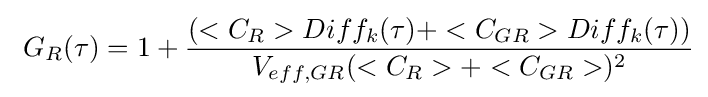
\ G_{R}(\tau )=1+{\frac {(<C_{R}>Diff_{k}(\tau )+<C_{GR}>Diff_{k}(\tau ))}{V_{eff,GR}(<C_{R}>+<C_{GR}>)^{2}}}